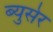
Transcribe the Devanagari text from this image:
ब्युसेर